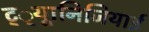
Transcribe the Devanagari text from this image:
ट््यूानिजियाई